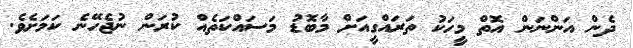
ދެން އަންނަން އޮތް މީހަކު ތަރައްގީއަށް މާބޮޑު މަސައްކަތެއް ކުރަން ނުޖެހޭނެ ކަމަށެވެ.